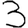
Digit: 3